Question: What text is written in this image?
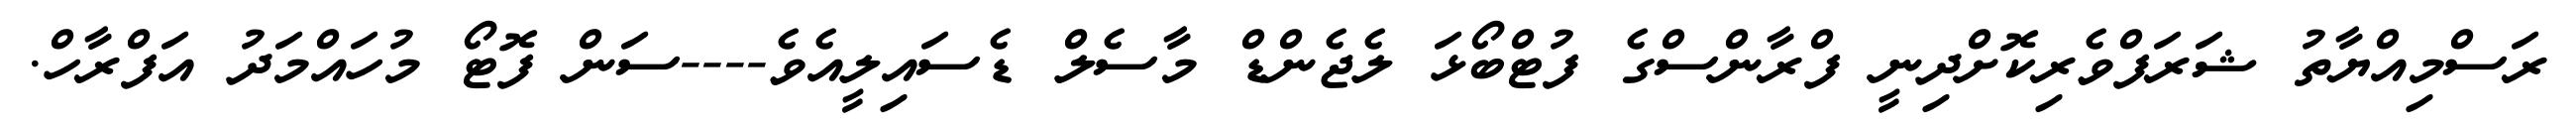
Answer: ރަސްމިއްޔާތު ޝަރަފްވެރިކޮށްދިނީ ފްރާންސްގެ ފުޓްބޯޅަ ލެޖެންޑް މާސެލް ޑެސައިލީއެވެ----ސަން ފޮޓޯ މުހައްމަދު އަފްރާހް.